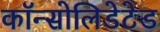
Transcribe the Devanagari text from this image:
कॉन्सोलिडेटेड